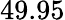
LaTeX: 49.95